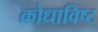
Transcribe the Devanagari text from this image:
क्रोधाविष्ट